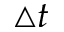
\triangle t